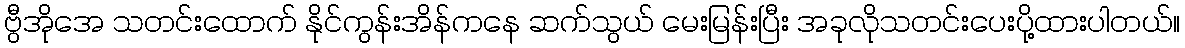
ဗွီအိုအေ သတင်းထောက် နိုင်ကွန်းအိန်ကနေ ဆက်သွယ် မေးမြန်းပြီး အခုလိုသတင်းပေးပို့ထားပါတယ်။